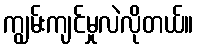
ကျွမ်းကျင်မှုလဲလိုတယ်။